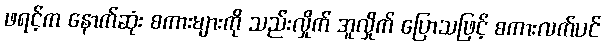
ဖရင့်က နောက်ဆုံး စကားများကို သည်းလှိုက် အူလှိုက် ပြောသဖြင့် စကားလက်ပင်